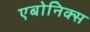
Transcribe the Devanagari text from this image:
एबोनिक्स